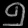
Digit: ၅